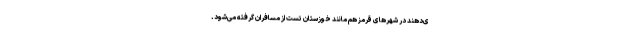
ی‌دهند در شهر‌های قرمز هم مانند خوزستان تست از مسافران گرفته می‌شود.